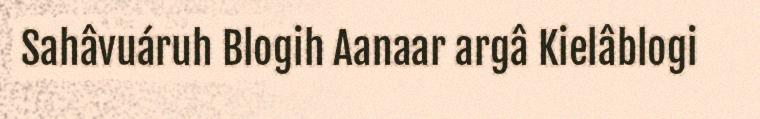
Sahâvuáruh Blogih Aanaar argâ Kielâblogi